Report of an outbreak of cholera in Suhutwar, Bulliah sub-division
Disease focus: Cholera
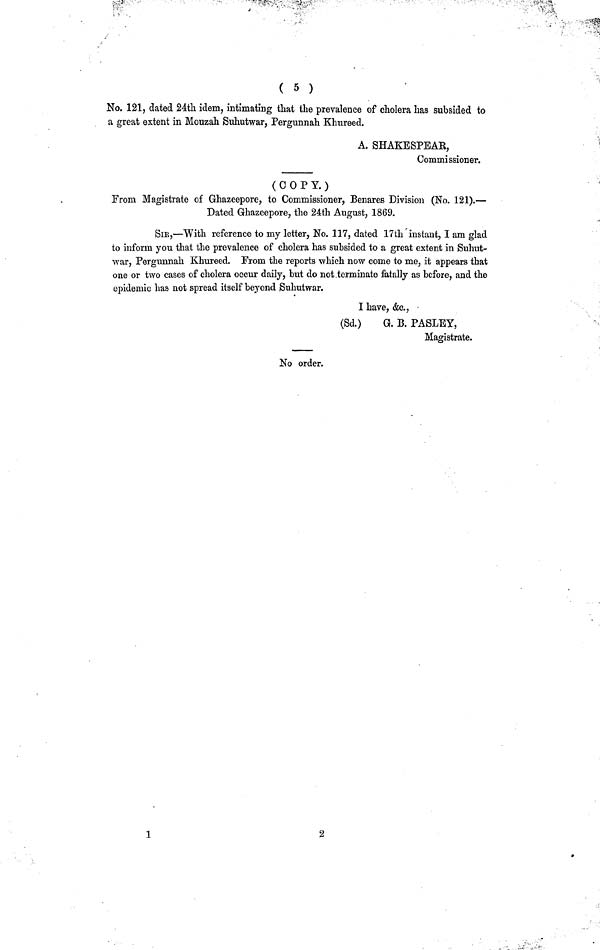
( 5 )
No. 121, dated 24th idem, intimating that the prevalence of cholera has subsided to
a great extent in Mouzah Suhutwar, Pergunnah Khureed.
A. SHAKESPEAK,
Commissioner.
(COPY.)
From Magistrate of Ghazeepore, to Commissioner, Benares Division (No. 121).—
Dated Ghazeepore, the 24th August, 1869.
SIE,—With reference to my letter, No. 117, dated 17th instant, I am glad
to inform you that the prevalence of cholera has subsided to a great extent in Suhut-
war, Pergunnah Khureed. From the reports which now come to me, it appears that
one or two cases of cholera occur daily, but do not terminate fatally as before, and the
epidemic has not spread itself beyond Suhutwar.
I have, &c.,
(Sd.)
G. Β. PASLEY,
Magistrate.
No order.
1
2